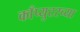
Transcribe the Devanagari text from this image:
काँप्युटरच्या